Annual administration report of the Civil Veterinary Department of India - 1893-1894
Year: 1893
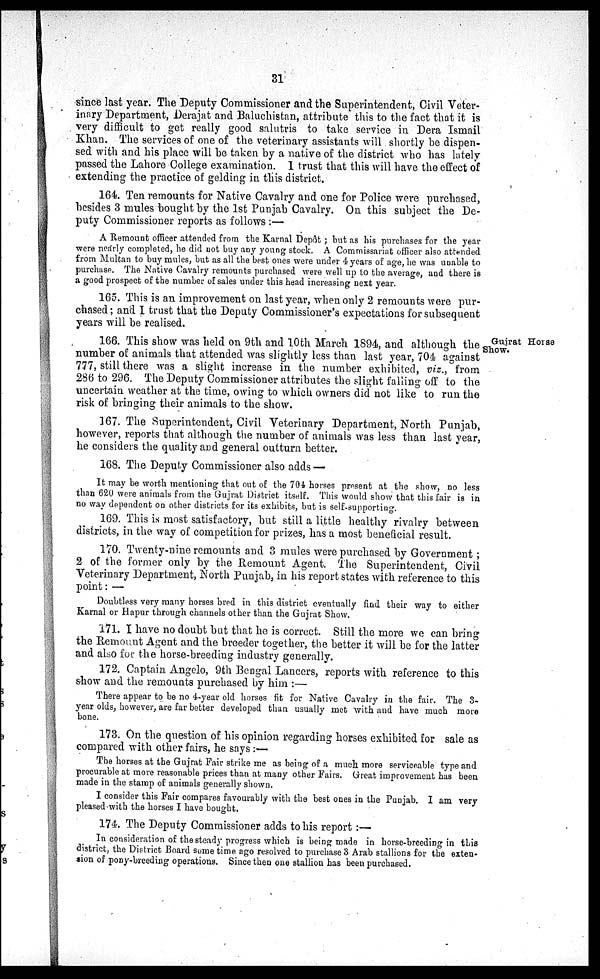
31
since last year. The Deputy Commissioner and the Superintendent, Civil Veter-
inary Department, Derajat and Baluchistan, attribute this to the fact that it is
very difficult to get really good salutris to take service in Dera Ismail
Khan. The services of one of the veterinary assistants will shortly be dispen-
sed with and his place will be taken by a native of the district who has lately
passed the Lahore College examination. I trust that this will have the effect of
extending the practice of gelding in this district.
164. Ten remounts for Native Cavalry and one for Police were purchased,
besides 3 mules bought by the 1st Punjab Cavalry. On this subject the De-
puty Commissioner reports as follows:—
A Remount officer attended from the Karnal Depôt; but as his purchases for the year
were nearly completed, he did not buy any young stock. A Commissariat officer also attended
from Multan to buy mules, but as all the best ones were under 4 years of age, he was unable to
purchase. The Native Cavalry remounts purchased were well up to the average, and there is
a good prospect of the number of sales under this head increasing next year.
165. This is an improvement on last year, when only 2 remounts were pur-
chased; and I trust that the Deputy Commissioner's expectations for subsequent
years will be realised.
Gujrat Horse
Show.
166. This show was held on 9th and 10th March 1894, and although the
number of animals that attended was slightly less than last year, 704 against
777, still there was a slight increase in the number exhibited, viz., from
286 to 296. The Deputy Commissioner attributes the slight falling off to the
uncertain weather at the time, owing to which owners did not like to run the
risk of bringing their animals to the show.
167. The Superintendent, Civil Veterinary Department, North Punjab,
however, reports that although the number of animals was less than last year,
he considers the quality and general outturn better.
168. The Deputy Commissioner also adds —
It may be worth mentioning that out of the 704 horses present at the show, no less
than 620 were animals from the Gujrat District itself. This would show that this fair is in
no way dependent on other districts for its exhibits, but is self-supporting.
169. This is most satisfactory, but still a little healthy rivalry between
districts, in the way of competition for prizes, has a most beneficial result.
170. Twenty-nine remounts and 3 mules were purchased by Government;
2 of the former only by the Remount Agent. The Superintendent, Civil
Veterinary Department, North Punjab, in his report states with reference to this
point:—
Doubtless very many horses bred in this district eventually find their way to either
Karnal or Hapur through channels other than the Gujrat Show.
171. I have no doubt but that he is correct. Still the more we can bring
the Remount Agent and the breeder together, the better it will be for the latter
and also for the horse-breeding industry generally.
172. Captain. Angelo, 9th Bengal Lancers, reports with reference to this
show and the remounts purchased by him:—
There appear to be no 4-year old horses fit for Native Cavalry in the fair. The 3-
year olds, however, are far better developed than usually met with and have much more
bone.
173. On the question of his opinion regarding horses exhibited for sale as
compared with other fairs, he says:—
The horses at the Gujrat Fair strike me as being of a much more serviceable type and
procurable at more reasonable prices than at many other Fairs. Great improvement has been
made in the stamp of animals generally shown.
I consider this Fair compares favourably with the best ones in the Punjab. I am very
pleased with the horses I have bought.
174. The Deputy Commissioner adds to his report:—
In consideration of the steady progress which is being made in horse-breeding in this
district, the District Board some time ago resolved to purchase 3 Arab stallions for the exten-
sion of pony-breeding operations. Since then one stallion has been purchased.